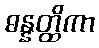
ဓန္နတ္ထိကာ